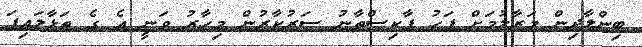
ބިންލާދިން މަރާލުމަށް ފަހު ޕާކިސްތާނު ސަރުކާރުން މިހާރު ވަނީ އެ ގެ ތަޅާލައިފަ